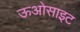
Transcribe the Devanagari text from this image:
ऊओसाइट